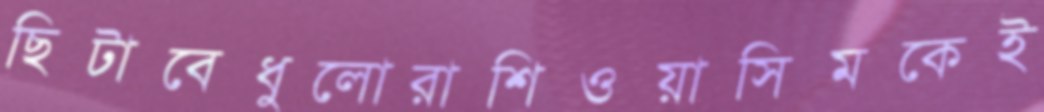
ছিটাবেধুলোরাশিওয়াসিমকেই